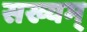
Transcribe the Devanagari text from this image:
सख्यम्